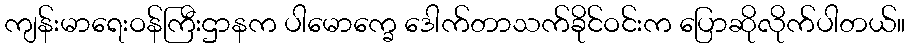
ကျန်းမာရေးဝန်ကြီးဌာနက ပါမောက္ခေ ဒေါက်တာသက်ခိုင်ဝင်းက ပြောဆိုလိုက်ပါတယ်။